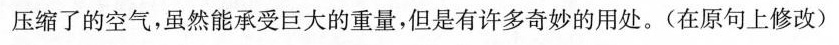
压缩了的空气，虽然能承受巨大的重量，但是有许多奇妙的用处。(在原句上修改)